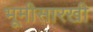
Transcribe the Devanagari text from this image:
भूमीसारखी